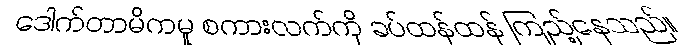
ဒေါက်တာမိကမူ စကားလက်ကို ခပ်ထန်ထန် ကြည့်နေသည်။